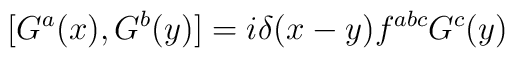
[G^a(x), G^b(y)] = i \delta(x - y) f^{abc} G^c(y)